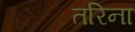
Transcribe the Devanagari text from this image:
तरिना